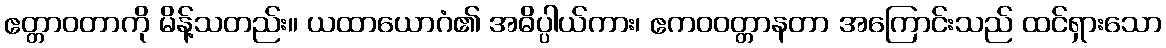
ဧတ္တာဝတာကို မိန့်သတည်း။ ယထာယောဂံ၏ အဓိပ္ပါယ်ကား၊ ဧကဝဝတ္တာနတာ အကြောင်းသည် ထင်ရှားသော